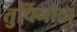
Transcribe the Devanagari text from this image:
तुर्चिनोवा